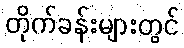
တိုက်ခန်းများတွင်